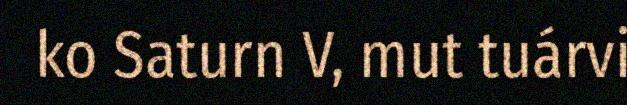
ko Saturn V, mut tuárvi